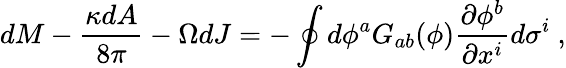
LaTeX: dM-{\frac{\kappa dA}{8\pi}}-\Omega dJ=-\oint{d\phi^{a}G_{ab}(\phi){\frac{\partial\phi^{b}}{\partial x^{i}}}d\sigma^{i}}\ ,